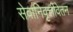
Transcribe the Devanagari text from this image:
सेवानिवृत्तीवेतन